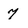
Character: 7